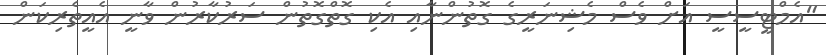
"އެމްޓީސީސީ އަށް ވެސް މެޝިނަރީގެ ގޮތުންނާއި އެކި ގޮތްގޮތުން ސަރުކާރުން ވާނީ އެއީތެރިކަން